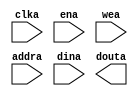
module spartan3a_pmem(
	clka,
	ena,
	wea,
	addra,
	dina,
	douta);


input clka;
input ena;
input [1 : 0] wea;
input [11 : 0] addra;
input [15 : 0] dina;
output [15 : 0] douta;

// synthesis translate_off

      BLK_MEM_GEN_V3_3 #(
		.C_ADDRA_WIDTH(12),
		.C_ADDRB_WIDTH(12),
		.C_ALGORITHM(1),
		.C_BYTE_SIZE(8),
		.C_COMMON_CLK(0),
		.C_DEFAULT_DATA("0"),
		.C_DISABLE_WARN_BHV_COLL(0),
		.C_DISABLE_WARN_BHV_RANGE(0),
		.C_FAMILY("spartan3"),
		.C_HAS_ENA(1),
		.C_HAS_ENB(0),
		.C_HAS_INJECTERR(0),
		.C_HAS_MEM_OUTPUT_REGS_A(0),
		.C_HAS_MEM_OUTPUT_REGS_B(0),
		.C_HAS_MUX_OUTPUT_REGS_A(0),
		.C_HAS_MUX_OUTPUT_REGS_B(0),
		.C_HAS_REGCEA(0),
		.C_HAS_REGCEB(0),
		.C_HAS_RSTA(0),
		.C_HAS_RSTB(0),
		.C_INITA_VAL("0"),
		.C_INITB_VAL("0"),
		.C_INIT_FILE_NAME("no_coe_file_loaded"),
		.C_LOAD_INIT_FILE(0),
		.C_MEM_TYPE(0),
		.C_MUX_PIPELINE_STAGES(0),
		.C_PRIM_TYPE(1),
		.C_READ_DEPTH_A(4096),
		.C_READ_DEPTH_B(4096),
		.C_READ_WIDTH_A(16),
		.C_READ_WIDTH_B(16),
		.C_RSTRAM_A(0),
		.C_RSTRAM_B(0),
		.C_RST_PRIORITY_A("CE"),
		.C_RST_PRIORITY_B("CE"),
		.C_RST_TYPE("SYNC"),
		.C_SIM_COLLISION_CHECK("ALL"),
		.C_USE_BYTE_WEA(1),
		.C_USE_BYTE_WEB(1),
		.C_USE_DEFAULT_DATA(0),
		.C_USE_ECC(0),
		.C_WEA_WIDTH(2),
		.C_WEB_WIDTH(2),
		.C_WRITE_DEPTH_A(4096),
		.C_WRITE_DEPTH_B(4096),
		.C_WRITE_MODE_A("WRITE_FIRST"),
		.C_WRITE_MODE_B("WRITE_FIRST"),
		.C_WRITE_WIDTH_A(16),
		.C_WRITE_WIDTH_B(16),
		.C_XDEVICEFAMILY("spartan3a"))
	inst (
		.CLKA(clka),
		.ENA(ena),
		.WEA(wea),
		.ADDRA(addra),
		.DINA(dina),
		.DOUTA(douta),
		.RSTA(),
		.REGCEA(),
		.CLKB(),
		.RSTB(),
		.ENB(),
		.REGCEB(),
		.WEB(),
		.ADDRB(),
		.DINB(),
		.DOUTB(),
		.INJECTSBITERR(),
		.INJECTDBITERR(),
		.SBITERR(),
		.DBITERR(),
		.RDADDRECC());


// synthesis translate_on

// XST black box declaration
// box_type "black_box"
// synthesis attribute box_type of spartan3a_pmem is "black_box"

endmodule